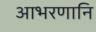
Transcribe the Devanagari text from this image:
आभरणानि